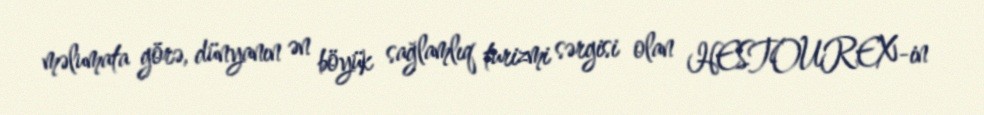
məlumata görə, dünyanın ən böyük sağlamlıq turizmi sərgisi olan HESTOUREX-in